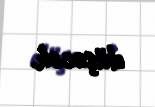
düşəcək.